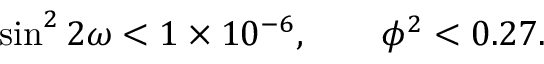
\sin ^ { 2 } 2 \omega < 1 \times 1 0 ^ { - 6 } , \qquad \phi ^ { 2 } < 0 . 2 7 .